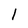
Character: l